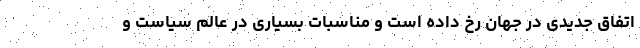
اتفاق جدیدی در جهان رخ داده است و مناسبات بسیاری در عالم سیاست و